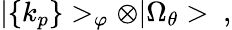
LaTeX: |\{ k_{p}\} >_{\varphi}\otimes|\Omega_{\theta}>\ ,